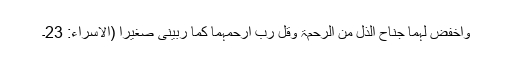
وَاخْفِضْ لَہُمَا جَنَاحَ الذُّلِّ مِنَ الرَّحْمَۃِ وَقُل رَّبِّ ارْحَمْہُمَا کَمَا رَبَّیٰنِیْ صَغِیْراً (الاسراء: 23۔